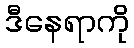
ဒီနေရာကို